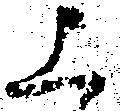
上